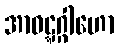
အာဝဋ္ဋဂ္ဂါဟော